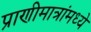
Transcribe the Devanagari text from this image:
प्राणीमात्रांमध्ये